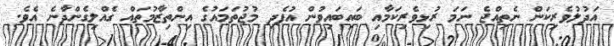
އަދުލުވެރިކަން ނެތިއްޖެ ނަމަ ރުޅިވެރިކަމާއި ބައިބައިވުން އުފެދި މުޖުތަމައުގެ އިންތިޒާމުތައް ގެއްލިގެންދާނެ އެވެ.